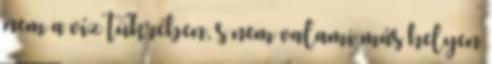
nem a víz tükrében, s nem valami más helyen